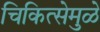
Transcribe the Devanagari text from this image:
चिकित्सेमुळे